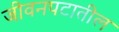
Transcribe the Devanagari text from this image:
जीवनपटातील